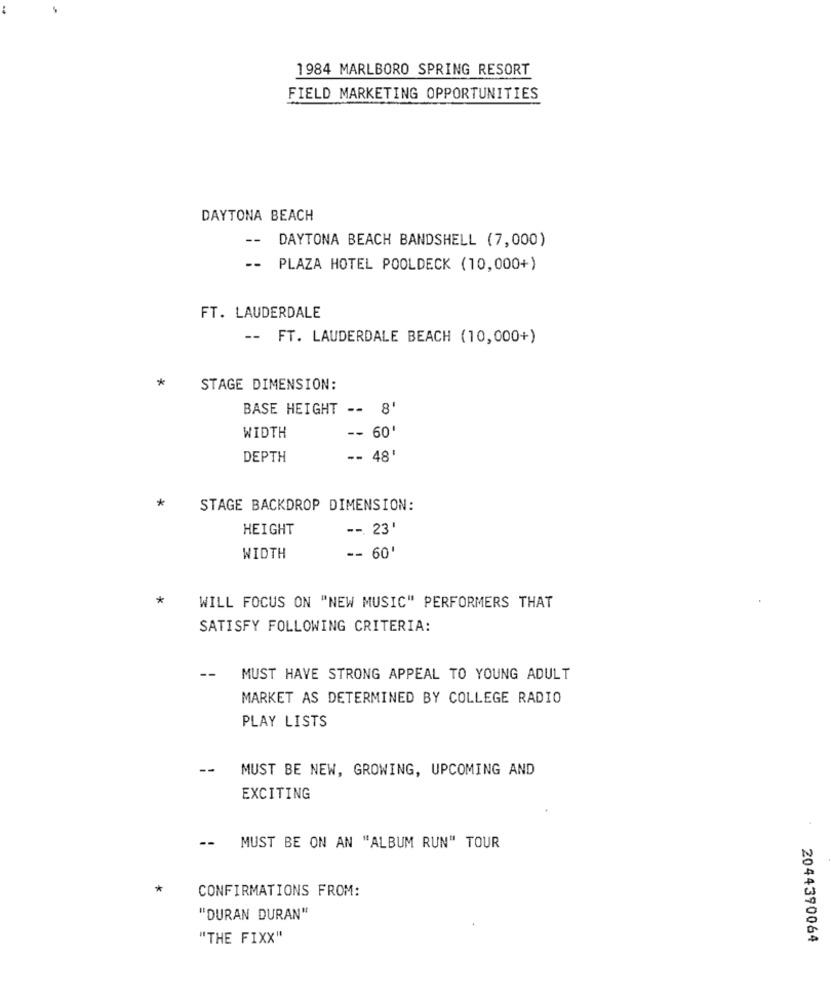
1984 MARLBORO SPRING RESORT
FIELD MARKETING OPPORTUNITIES
DAYTONA BEACH
--
DAYTONA BEACH BANDSHELL (7,000)
--
PLAZA HOTEL POOLDECK (10,000+)
FT. LAUDERDALE
-- FT. LAUDERDALE BEACH (10,000+)
*
STAGE DIMENSION:
BASE HEIGHT -- 8'
-- 60'
WIDTH
DEPTH
-- 48'
*
STAGE BACKDROP DIMENSION:
HEIGHT
--. 23'
-- 60'
WIDTH
*
WILL FOCUS ON "NEW MUSIC" PERFORMERS THAT
SATISFY FOLLOWING CRITERIA:
--
MUST HAVE STRONG APPEAL TO YOUNG ADULT
MARKET AS DETERMINED BY COLLEGE RADIO
PLAY LISTS
--
MUST BE NEW, GROWING, UPCOMING AND
EXCITING
-- MUST BE ON AN "ALBUM RUN" TOUR
*
CONFIRMATIONS FROM:
"DURAN DURAN"
"THE FIXX"
2044390064